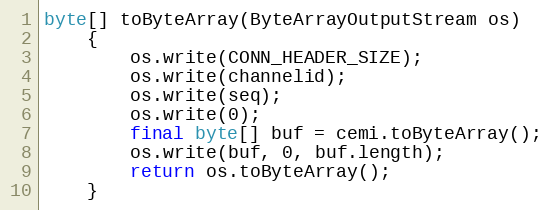
Language: Java
byte[] toByteArray(ByteArrayOutputStream os)
	{
		os.write(CONN_HEADER_SIZE);
		os.write(channelid);
		os.write(seq);
		os.write(0);
		final byte[] buf = cemi.toByteArray();
		os.write(buf, 0, buf.length);
		return os.toByteArray();
	}